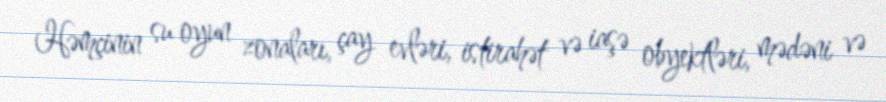
Həmçinin su oyun zonaları, çay evləri, istirahət və iaşə obyektləri, mədəni və